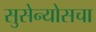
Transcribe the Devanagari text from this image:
सुसेन्योसचा